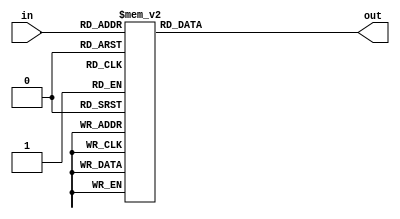
module hex_to_7seg (out, in);
	
	output [6:0] out; //low-active output
	input [3:0] in; 
	
	reg [6:0] out; 
	
	always @ (in)
		case(in)
			4'h0: out = 7'b1000000;
			4'h1: out = 7'b1111001;
			4'h2: out = 7'b0100100;
			4'h3: out = 7'b0110000;
			4'h4: out = 7'b0011001;
			4'h5: out = 7'b0010010;
			4'h6: out = 7'b0000010;
			4'h7: out = 7'b1111000;
			4'h8: out = 7'b0000000;
			4'h9: out = 7'b0010000;
			4'ha: out = 7'b0001000;
			4'hb: out = 7'b0000011;
			4'hc: out = 7'b1000110;
			4'hd: out = 7'b0100001;
			4'he: out = 7'b0000110;
			4'hf: out = 7'b0001110;
		endcase
	endmodule